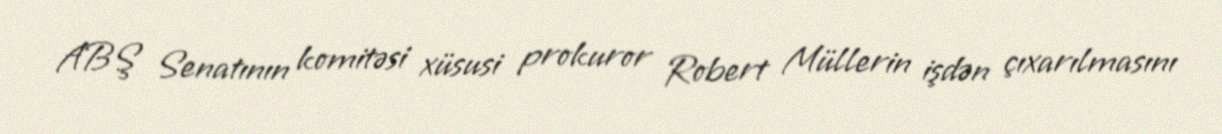
ABŞ Senatının komitəsi xüsusi prokuror Robert Müllerin işdən çıxarılmasını